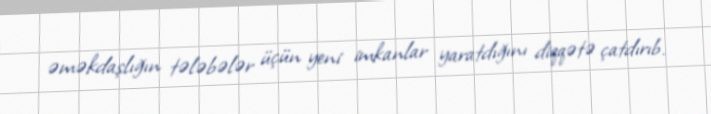
əməkdaşlığın tələbələr üçün yeni imkanlar yaratdığını diqqətə çatdırıb.